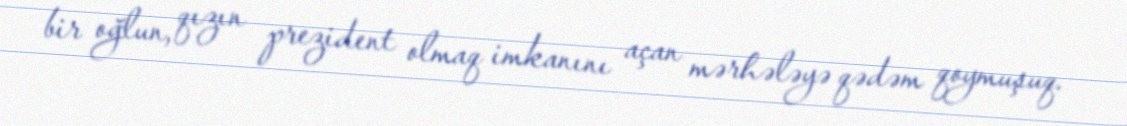
bir oğlun, qızın prezident olmaq imkanını açan mərhələyə qədəm qoymuşuq.